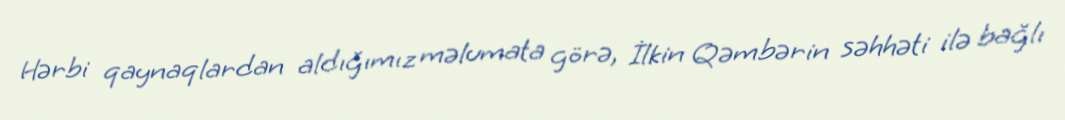
Hərbi qaynaqlardan aldığımız məlumata görə, İlkin Qəmbərin səhhəti ilə bağlı